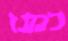
כמנו